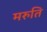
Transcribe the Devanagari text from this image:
मरुति